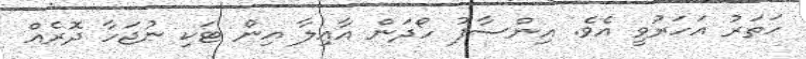
ހަތަރު އަހަރުވީ އެވެ. އިންސާފު ހޯދަން އާއިލާ އިން ޓަކި ނުޖަހާ ދޮރެއް